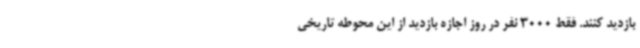
بازدید کنند. فقط 3000 نفر در روز اجازه بازدید از این محوطه تاریخی